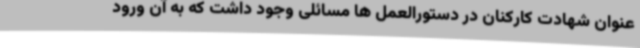
عنوان شهادت کارکنان در دستورالعمل ها مسائلی وجود داشت که به آن ورود